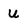
Character: U